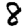
Digit: 8